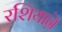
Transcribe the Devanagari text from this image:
रशियाऩॆ